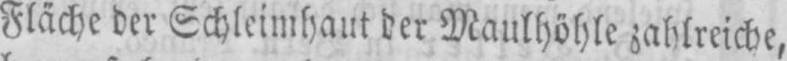
Fläche der Schleimhaut der Maulhöhle zahlreiche,